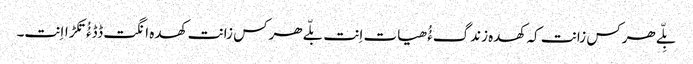
بِلّے ھرکس زانت کہ کھدہ زندگءُُ ھیات اِنت بلّے ھرکس زانت کھدہ انگت ڈڈءُُ تکڑااِنت۔